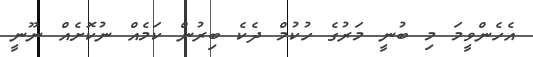
އެހެންވީމަ މި ބުނީ މަރުގެ ހުކުމް ދެކެ ބިރުން ކަމެއް ނުކޮށެއް ނޫނީ